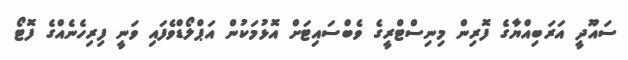
ސައޫދީ އަރަބިއްޔާގެ ފޮރިން މިނިސްޓްރީގެ ވެބްސައިޓަށް އޮޅުމަކުން އަޕްލޯޑްވެފައި ވަނީ ފިރިހެނެއްގެ ފޮޓޯ